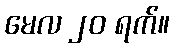
မေလ ၂၀ ရက်။